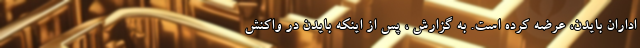
اداران بایدن، عرضه کرده است. به گزارش ، پس از اینکه بایدن در واکنش